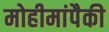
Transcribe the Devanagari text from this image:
मोहीमांपैकी